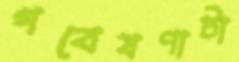
গবেষণাটা